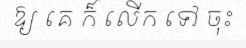
ឱ្យ គេ ក៏ លើក ទៅ ចុះ